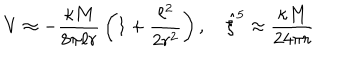
V \approx - { \frac { \kappa M } { 8 \pi \ell r } } \left( 1 + { \frac { \ell ^ { 2 } } { 2 r ^ { 2 } } } \right) , \quad \hat { \xi } ^ { 5 } \approx { \frac { \kappa M } { 2 4 \pi r } }